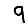
Digit: 9